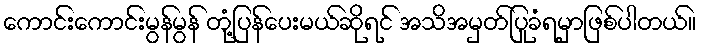
ကောင်းကောင်းမွန်မွန် တုံ့ပြန်ပေးမယ်ဆိုရင် အသိအမှတ်ပြုခံရမှာဖြစ်ပါတယ်။